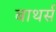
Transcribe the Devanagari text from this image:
बाथर्स